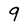
Character: 9